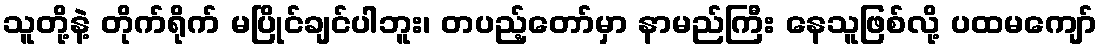
သူတို့နဲ့ တိုက်ရိုက် မပြိုင်ချင်ပါဘူး၊ တပည့်တော်မှာ နာမည်ကြီး နေသူဖြစ်လို့ ပထမကျော်